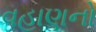
વહાણનો